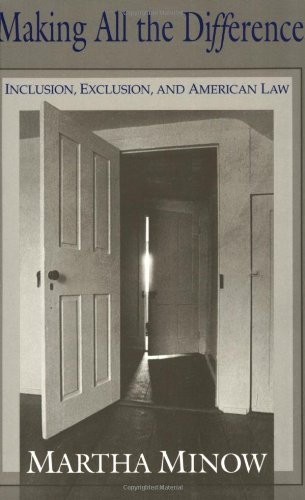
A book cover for Making All the Difference: Inclusion, Exclusion, and American Law; Martha Minow; Law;